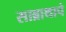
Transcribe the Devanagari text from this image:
साब्राथाचे